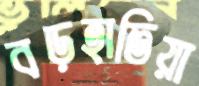
বড়হাতিয়া